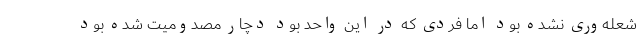
شعله‌وری نشده بود اما فردی که در این واحد بود دچار مصدومیت شده بود